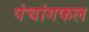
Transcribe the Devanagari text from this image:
पंचांगफल